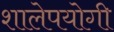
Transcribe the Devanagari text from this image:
शालेपयोगी